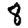
Digit: 8